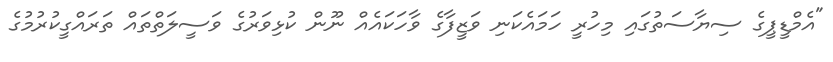
"އެމްޑީޕީގެ ސިޔާސަތުގައި މިހުރީ ހަމައެކަނި ވަޒީފާގެ ވާހަކައެއް ނޫން ކުޅިވަރުގެ ވަސީލަތްތައް ތަރައްގީކުރުމުގެ